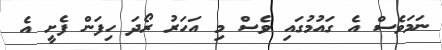
ނަމަވެސް އެ ގައުމުގައި ވެސް މި އަހަރު ރޯދަ ހިފަން ފެށީ އެ